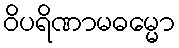
ဝိပရိဏာမဓမ္မော